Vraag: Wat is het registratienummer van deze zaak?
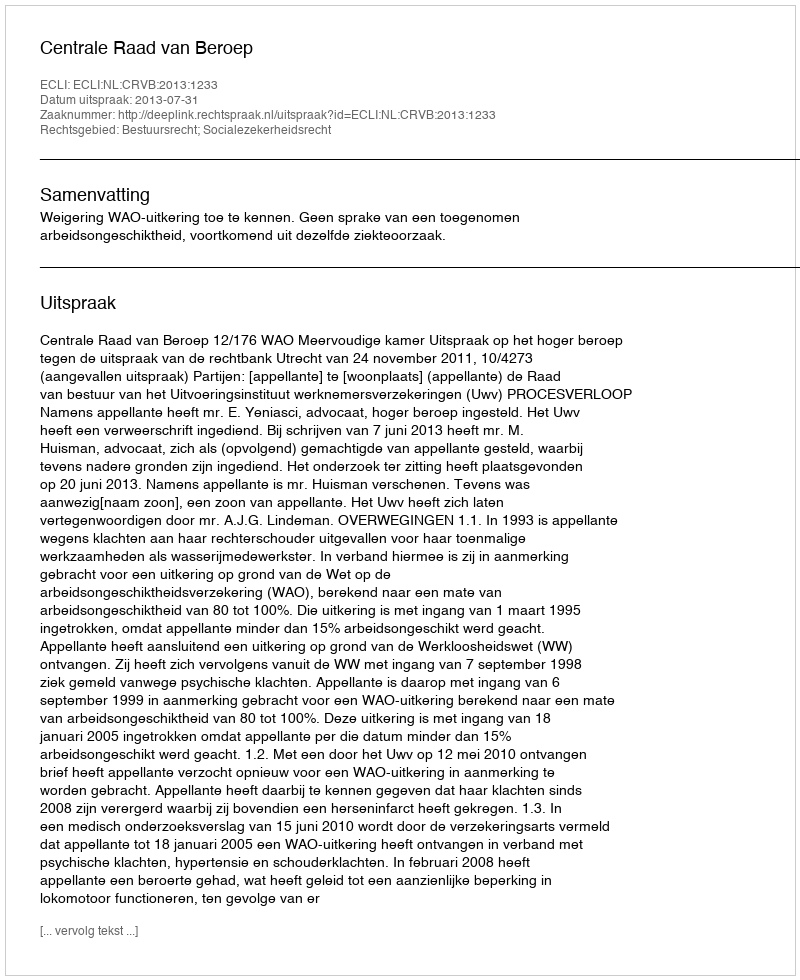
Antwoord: http://deeplink.rechtspraak.nl/uitspraak?id=ECLI:NL:CRVB:2013:1233